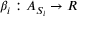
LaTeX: \beta _ { i } : A _ { S _ { i } } \rightarrow R